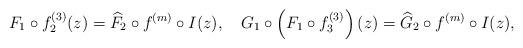
LaTeX: \begin{align*}F_1\circ f^{(3)}_2(z)=\widehat{F}_2\circ f^{(m)}\circ I(z), \quad G_1\circ \left(F_1\circ f^{(3)}_3\right)(z)=\widehat{G}_2\circ f^{(m)}\circ I(z), \end{align*}